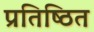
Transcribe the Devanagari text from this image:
प्रतिष्‍िठत